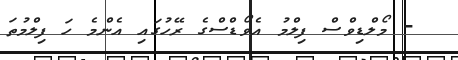
- މޯލްޑިވްސް ފިލްމު އެވޯޑްސްގެ ރޭހުގައި އެންމެ ހަ ފިލްމުތަ